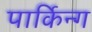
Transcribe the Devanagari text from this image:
पार्किन्ग